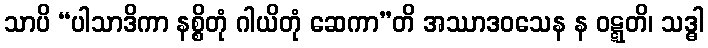
သာပိ “ပါသာဒိကာ နစ္စိတုံ ဂါယိတုံ ဆေကာ”တိ အဿာဒဝသေန န ဝဋ္ဋတိ၊ သဒ္ဓါ